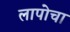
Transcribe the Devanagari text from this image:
लापोचा